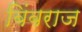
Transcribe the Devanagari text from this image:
बिंबराज